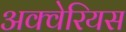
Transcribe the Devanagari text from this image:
अक्वेरियस